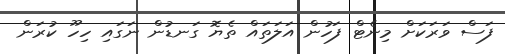
ފަސް ވަރަކަށް މިނެޓް ފަހުން އަލަތައް ތެޔޮ ގަނޑުން ނަގައި ހިހޫ ކުރަން